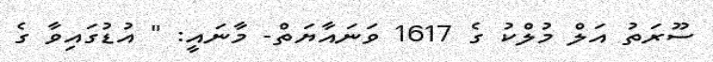
ސޫރަތު އަލް މުލްކު ގެ 1617 ވަނައާޔަތް- މާނައީ: " އުޑުގައިވާ ގެ